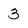
Character: 3